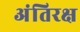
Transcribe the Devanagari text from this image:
अंतिरक्ष